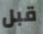
قبل